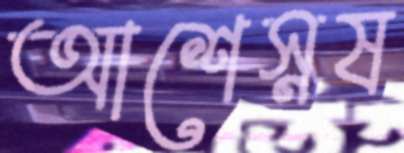
আশেস্নষ